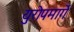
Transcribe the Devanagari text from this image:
युरोपमार्गे